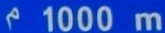
¹1000m